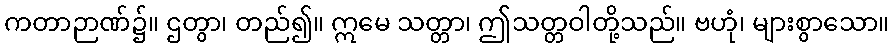
ကတာဉာဏ်၌။ ဌတွာ၊ တည်၍။ ဣမေ သတ္တာ၊ ဤသတ္တဝါတို့သည်။ ဗဟုံ၊ များစွာသော။